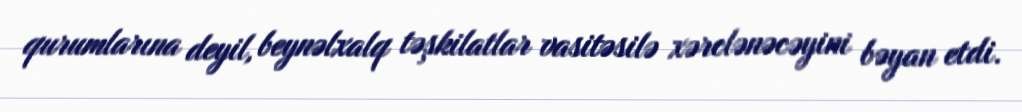
qurumlarına deyil, beynəlxalq təşkilatlar vasitəsilə xərclənəcəyini bəyan etdi.